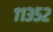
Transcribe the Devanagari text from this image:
११३५२